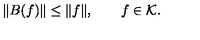
\| B ( f ) \| \le \| f \| , \qquad f \in { \cal K } .